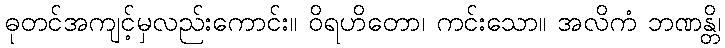
ဓုတင်အကျင့်မှလည်းကောင်း။ ဝိရဟိတော၊ ကင်းသော။ အလိကံ ဘဏန္တိ၊